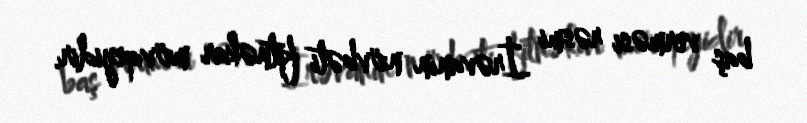
baş verməsi rəsmi İrəvanın növbəti fitnəkar mövqeyidir.